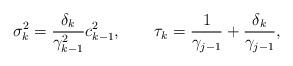
LaTeX: \begin{align*}\sigma_{k}^{2}=\frac{\delta_{k}}{\gamma_{k-1}^{2}}c_{k-1}^{2},\qquad\tau_{k}=\frac{1}{\gamma_{j-1}}+\frac{\delta_{k}}{\gamma_{j-1}},\end{align*}